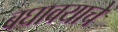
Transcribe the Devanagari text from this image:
बघावयाचे